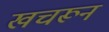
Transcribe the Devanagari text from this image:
खचरून